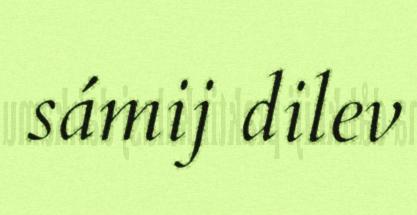
sámij dilev